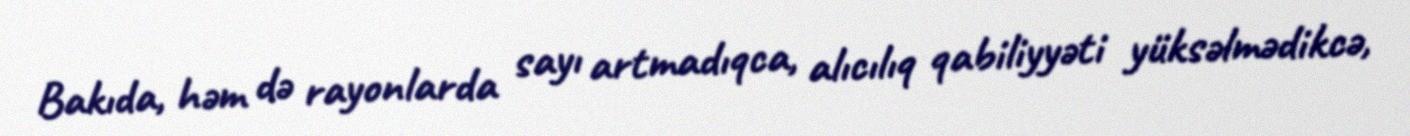
Bakıda, həm də rayonlarda sayı artmadıqca, alıcılıq qabiliyyəti yüksəlmədikcə,